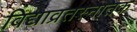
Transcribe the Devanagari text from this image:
विद्याव्रतस्नातक